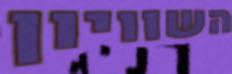
השוויון